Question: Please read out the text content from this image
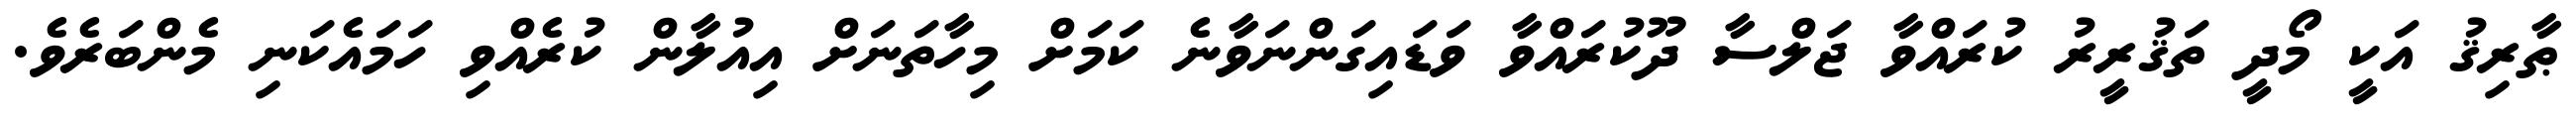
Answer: ޠާރިޤު އަކީ މޯދީ ތަޤުރީރު ކުރައްވާ ޖަލްސާ ދޫކުރައްވާ ވަޑައިގަންނަވާނެ ކަމަށް މިހާތަނަށް އިއުލާން ކުރެއްވި ހަމައެކަނި މެންބަރެވެ.